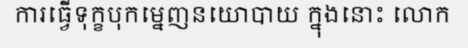
ការធ្វើទុក្ខបុកម្នេញនយោបាយ ក្នុងនោះ លោក